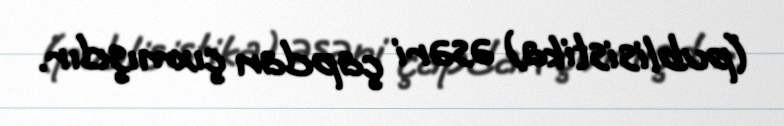
(publisistika) əsəri çapdan çıxmışdır.